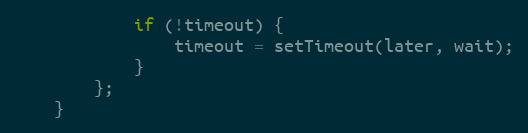
Language: JavaScript
			if (!timeout) {
				timeout = setTimeout(later, wait);
			}
		};
	}